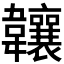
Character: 𬰰